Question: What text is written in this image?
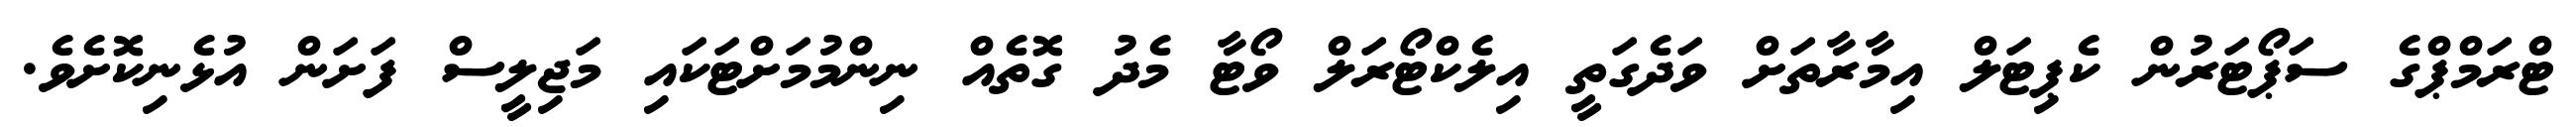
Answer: ޓްރަމްޕްގެ ސަޕޯޓަރުން ކެޕިޓަލް އިމާރާތަށް ވަދެގަތީ އިލެކްޓޯރަލް ވޯޓާ މެދު ގޮތެއް ނިންމުމަށްޓަކައި މަޖިލީސް ފަށަން އުޅެނިކޮށެވެ.